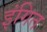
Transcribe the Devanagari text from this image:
इंगित